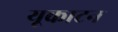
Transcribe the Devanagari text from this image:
यूकाटन